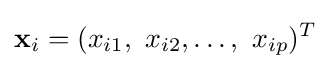
\mathbf {x} _{i}=(x_{i1},\ x_{i2},\ldots ,\ x_{ip})^{T}